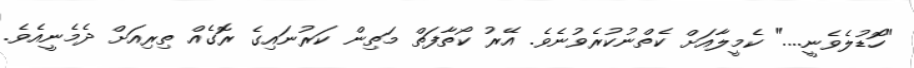
"ހޮޑުލެވެނީ...." ކެމީލާއަށް ކެތްނުކުރެވުނެވެ. އޭރު ކޯތާފަތް މަތިން ކަރުނައިގެ ރޮގެއް ތިރިއަށް ދެމެނީއެވެ.